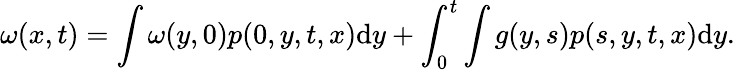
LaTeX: \omega(x,t)=\int\omega(y,0)p(0,y,t,x)\mathrm{d}y+\int_{0}^{t}\int g(y,s)p(s,y,t,x)\mathrm{d}y.